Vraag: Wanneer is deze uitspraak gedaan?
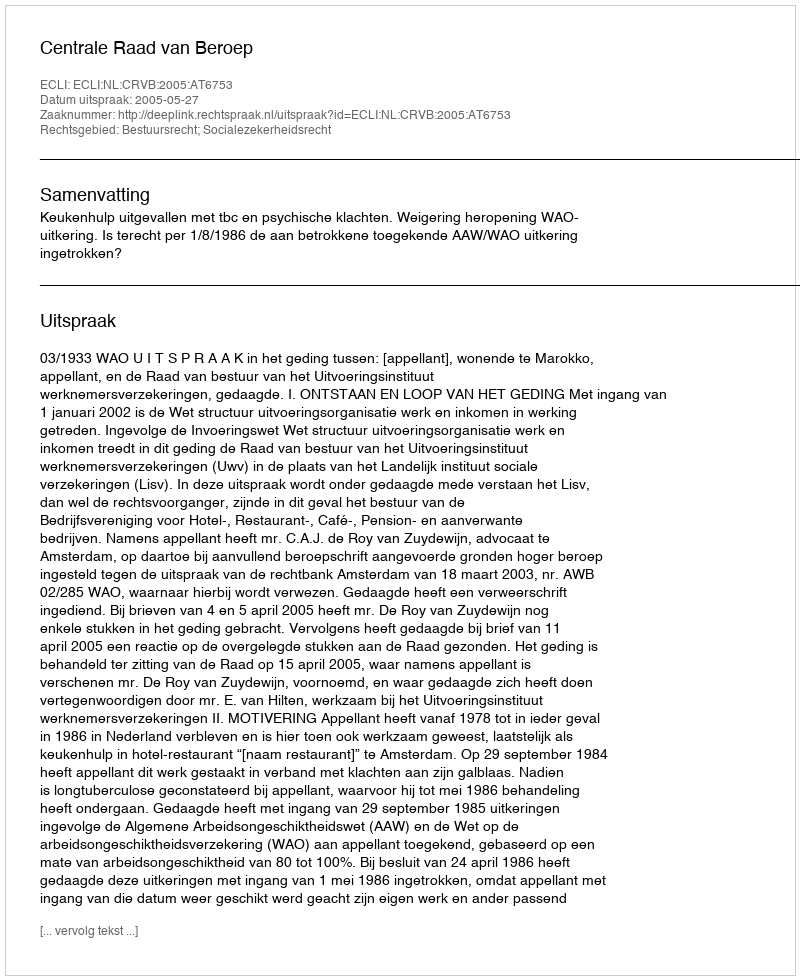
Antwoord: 2005-05-27